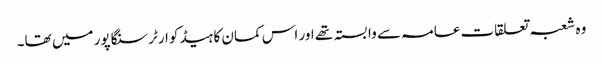
وہ شعبہ تعلقات عامہ سے وابستہ تھے اور اس کمان کا ہیڈ کوارٹر سنگاپور میں تھا۔